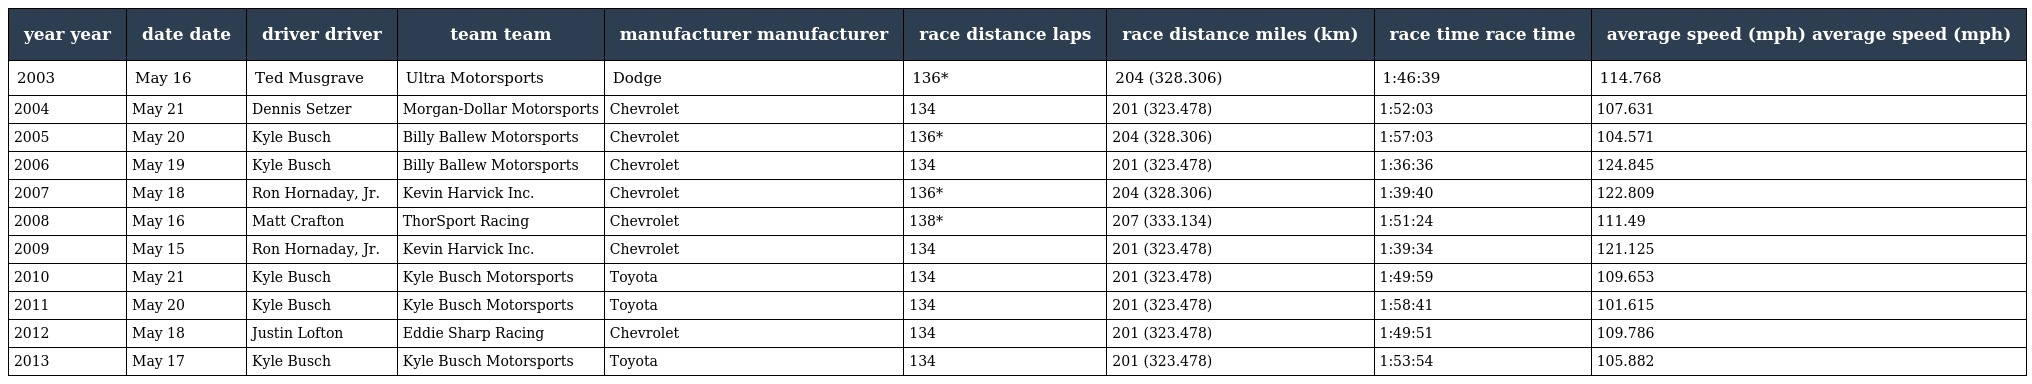
| year year | date date | driver driver | team team | manufacturer manufacturer | race distance laps | race distance miles (km) | race time race time | average speed (mph) average speed (mph) |
 | --- | --- | --- | --- | --- | --- | --- | --- | --- |
 | 2003 | May 16 | Ted Musgrave | Ultra Motorsports | Dodge | 136* | 204 (328.306) | 1:46:39 | 114.768 |
 | 2004 | May 21 | Dennis Setzer | Morgan-Dollar Motorsports | Chevrolet | 134 | 201 (323.478) | 1:52:03 | 107.631 |
 | 2005 | May 20 | Kyle Busch | Billy Ballew Motorsports | Chevrolet | 136* | 204 (328.306) | 1:57:03 | 104.571 |
 | 2006 | May 19 | Kyle Busch | Billy Ballew Motorsports | Chevrolet | 134 | 201 (323.478) | 1:36:36 | 124.845 |
 | 2007 | May 18 | Ron Hornaday, Jr. | Kevin Harvick Inc. | Chevrolet | 136* | 204 (328.306) | 1:39:40 | 122.809 |
 | 2008 | May 16 | Matt Crafton | ThorSport Racing | Chevrolet | 138* | 207 (333.134) | 1:51:24 | 111.49 |
 | 2009 | May 15 | Ron Hornaday, Jr. | Kevin Harvick Inc. | Chevrolet | 134 | 201 (323.478) | 1:39:34 | 121.125 |
 | 2010 | May 21 | Kyle Busch | Kyle Busch Motorsports | Toyota | 134 | 201 (323.478) | 1:49:59 | 109.653 |
 | 2011 | May 20 | Kyle Busch | Kyle Busch Motorsports | Toyota | 134 | 201 (323.478) | 1:58:41 | 101.615 |
 | 2012 | May 18 | Justin Lofton | Eddie Sharp Racing | Chevrolet | 134 | 201 (323.478) | 1:49:51 | 109.786 |
 | 2013 | May 17 | Kyle Busch | Kyle Busch Motorsports | Toyota | 134 | 201 (323.478) | 1:53:54 | 105.882 |